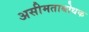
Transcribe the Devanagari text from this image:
असीमताबोधक